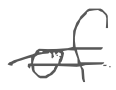
Text: of
Cross-out: double-line
Writing tool: digital_gray